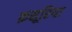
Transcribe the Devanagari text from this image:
क़सूरिया